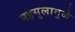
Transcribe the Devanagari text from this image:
महसुलामुळे